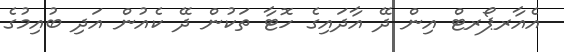
އެއާރޕޯރޓް އިން ދޭ އާދައިގެ ހޮޓާ ތަކުން ދޭ ކެއުން އަދި ބުއިމުގެ